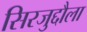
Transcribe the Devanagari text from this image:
सिरजुद्दौला